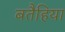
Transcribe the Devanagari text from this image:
बतैहिया